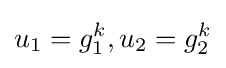
u_{1}={g}_{1}^{k},u_{2}={g}_{2}^{k}